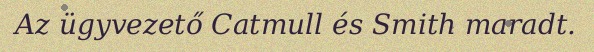
Az ügyvezető Catmull és Smith maradt.